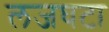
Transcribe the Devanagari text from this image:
लजघटा